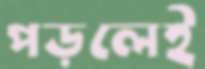
পড়লেই